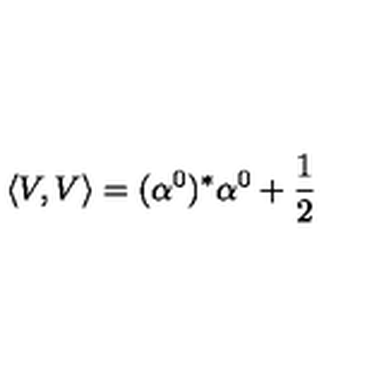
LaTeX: \left\langle V , V \right\rangle = ( \alpha ^ { 0 } ) ^ { * } \alpha ^ { 0 } + \frac { 1 } { 2 }